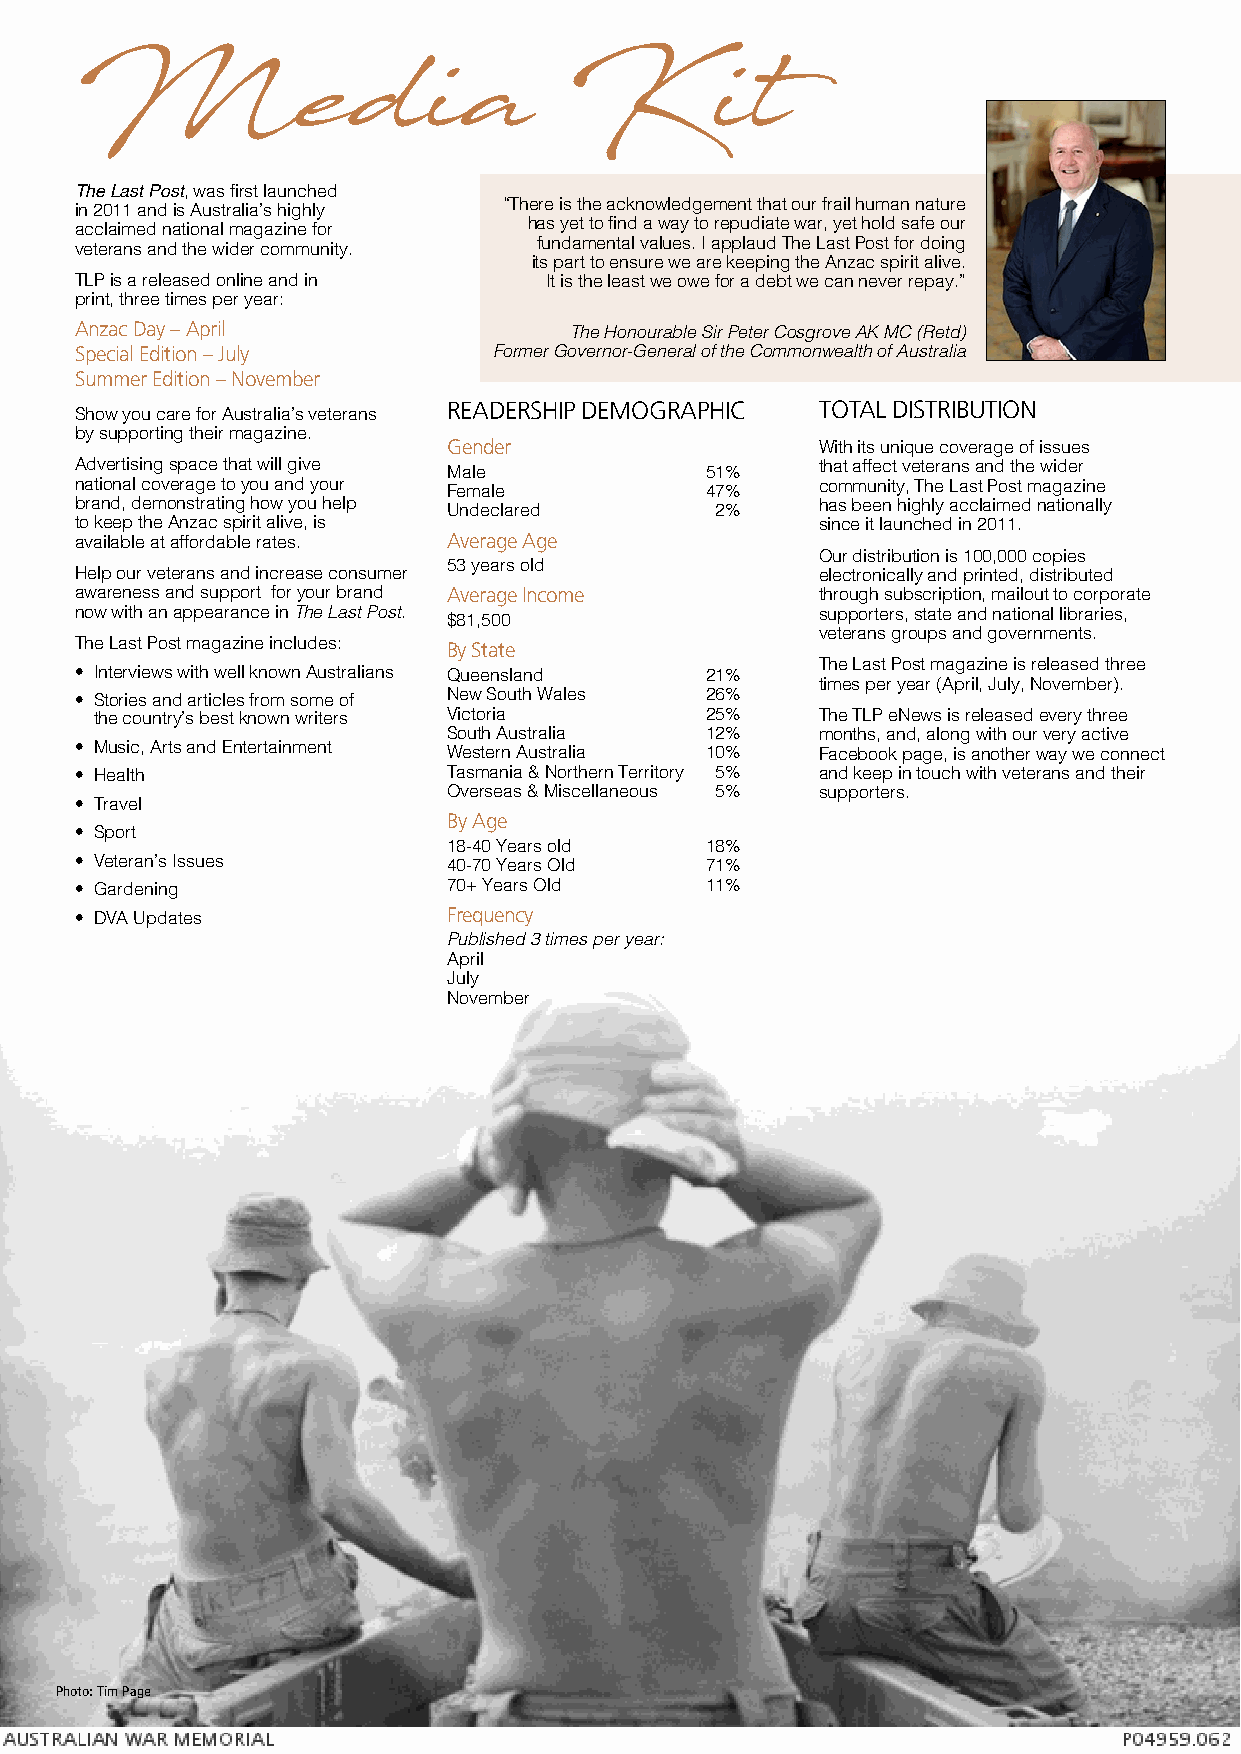
Media                            Kit
 The Last Post, was first launched
 in 2011 and is Australia’s highly “There is the acknowledgement that our frail human nature
 acclaimed national magazine for has yet to find a way to repudiate war, yet hold safe our
 veterans and the wider community. fundamental values. I applaud The Last Post for doing
 its part to ensure we are keeping the Anzac spirit alive.
 TLP is a released online and in It is the least we owe for a debt we can never repay.”
 print, three times per year:
 Anzac Day – April                The Honourable Sir Peter Cosgrove AK MC (Retd)
 Special Edition – July      Former Governor-General of the Commonwealth of Australia
 Summer Edition – November
 READERSHIP DEMOGRAPHIC  TOTAL DISTRIBUTION
 Show you care for Australia’s veterans
 by supporting their magazine.
 Gender                  With its unique coverage of issues
 Advertising space that will give Male     51%    that affect veterans and the wider
 national coverage to you and your Female  47%    community, The Last Post magazine
 brand, demonstrating how you help Undeclared 2%  has been highly acclaimed nationally
 to keep the Anzac spirit alive, is               since it launched in 2011.
 available at affordable rates. Average Age
 Our distribution is 100,000 copies
 53 years old
 Help our veterans and increase consumer          electronically and printed, distributed
 awareness and support for your brand Average Income through subscription, mailout to corporate
 now with an appearance in The Last Post. $81,500 supporters, state and national libraries,
 veterans groups and governments.
 The Last Post magazine includes: By State
 The Last Post magazine is released three
 • Interviews with well known Australians Queensland 21%
 times per year (April, July, November).
 • Stories and articles from some of New South Wales 26%
 the country’s best known writers Victoria 25%   The TLP eNews is released every three
 South Australia  12%    months, and, along with our very active
 • Music, Arts and Entertainment Western Australia 10% Facebook page, is another way we connect
 • Health                 Tasmania & Northern Territory 5% and keep in touch with veterans and their
 Overseas & Miscellaneous 5% supporters.
 • Travel
 By Age
 • Sport
 18-40 Years old  18%
 • Veteran’s Issues       40-70 Years Old  71%
 • Gardening              70+ Years Old    11%
 Frequency
 • DVA Updates
 Published 3 times per year:
 April
 July
 November
 Photo: Tim Page